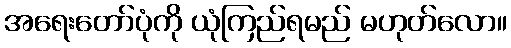
အရေးတော်ပုံကို ယုံကြည်ရမည် မဟုတ်လော။